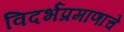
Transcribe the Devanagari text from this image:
विदर्भप्रमाणाचे